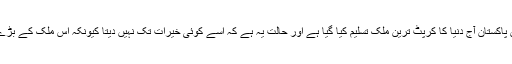
ایسی حکومتوں کے دور میں پاکستان آج دنیا کا کرپٹ ترین ملک تسلیم کیا گیا ہے اور حالت یہ ہے کہ اسے کوئی خیرات تک نہیں دیتا کیونکہ اس ملک کے بڑے لوگ یہ رقم کھا جاتے ہیں۔